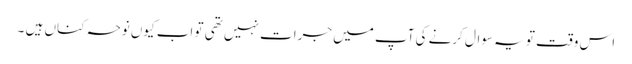
اس وقت تو یہ سوال کرنے کی آپ میں جرات نہیں تھی تو اب کیوں نوحہ کناں ہیں ۔